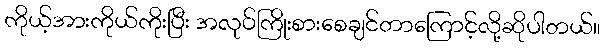
ကိုယ့်အားကိုယ်ကိုးပြီး အလုပ်ကြိုးစားစေချင်တာကြောင့်လို့ဆိုပါတယ်။